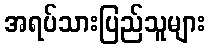
အရပ်သားပြည်သူများ